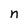
Character: n